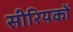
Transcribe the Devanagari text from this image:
सीरियकों